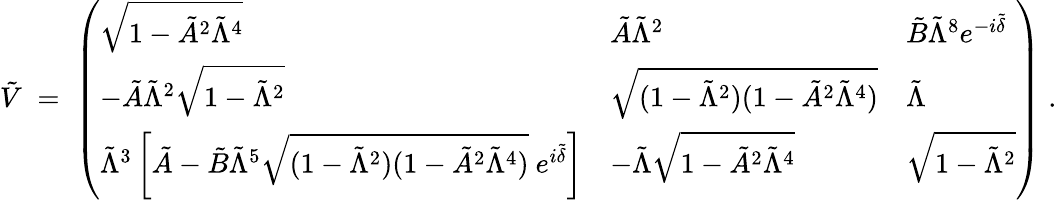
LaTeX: \tilde{V}\; =\; \left(\begin{array}{lll}{{\sqrt{1-\tilde{A}^{2}\tilde{\Lambda}^{4}}}}&{{\tilde{A}\tilde{\Lambda}^{2}}}&{{\tilde{B}\tilde{\Lambda}^{8}e^{-i\tilde{\delta}}}}\\ {{-\tilde{A}\tilde{\Lambda}^{2}\sqrt{1-\tilde{\Lambda}^{2}}}}&{{\sqrt{(1-\tilde{\Lambda}^{2})(1-\tilde{A}^{2}\tilde{\Lambda}^{4})}}}&{{\tilde{\Lambda}}}\\ {{\tilde{\Lambda}^{3}\left[\tilde{A}-\tilde{B}\tilde{\Lambda}^{5}\sqrt{(1-\tilde{\Lambda}^{2})(1-\tilde{A}^{2}\tilde{\Lambda}^{4})}~e^{i\tilde{\delta}}\right]}}&{{-\tilde{\Lambda}\sqrt{1-\tilde{A}^{2}\tilde{\Lambda}^{4}}}}&{{\sqrt{1-\tilde{\Lambda}^{2}}}}\end{array}\right)\; .